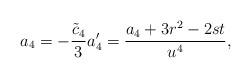
LaTeX: \begin{align*} a_4 = -\frac{\tilde{c}_4}{3} a_4' = \frac{a_4 + 3r^2 - 2st}{u^4},\end{align*}